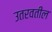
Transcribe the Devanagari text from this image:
उतरवतील